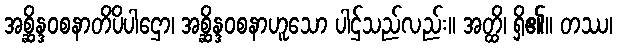
အစ္ဆိန္ဒဝစနာတိပိပါဌော၊ အစ္ဆိန္ဒဝစနာဟူသော ပါဌ်သည်လည်း။ အတ္ထိ၊ ရှိ၏။ တဿ၊